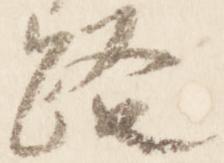
路